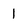
Character: 1